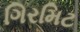
ગિરમિટ